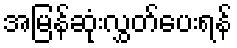
အမြန်ဆုံးလွှတ်ပေးရန်